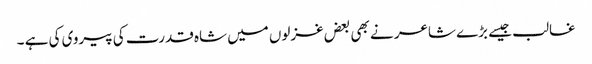
غالب جیسے بڑے شاعر نے بھی بعض غزلوں میں شاہ قدرت کی پیروی کی ہے ۔